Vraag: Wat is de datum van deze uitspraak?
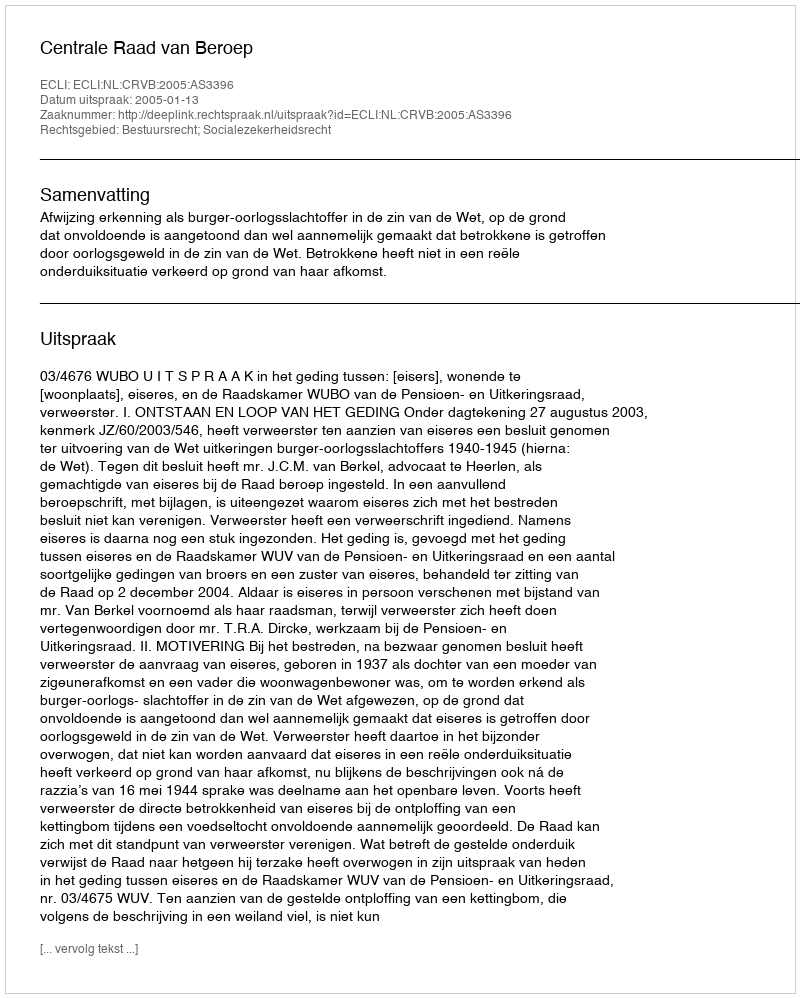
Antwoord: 2005-01-13